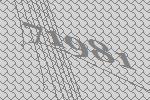
71981